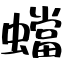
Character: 蟷